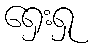
ရှေးရှု